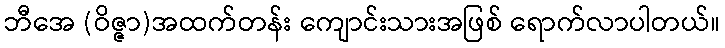
ဘီအေ (ဝိဇ္ဇာ)အထက်တန်း ကျောင်းသားအဖြစ် ရောက်လာပါတယ်။